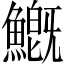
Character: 𩺺